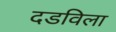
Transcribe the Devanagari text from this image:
दडविला